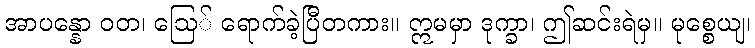
အာပန္နော ဝတ၊ ဩေ် ရောက်ခဲ့ပြီတကား။ ဣမမှာ ဒုက္ခာ၊ ဤဆင်းရဲမှ။ မုစ္စေယျ၊